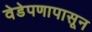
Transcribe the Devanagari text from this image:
वेडेपणापासून